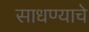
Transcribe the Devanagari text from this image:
साधण्‍याचे